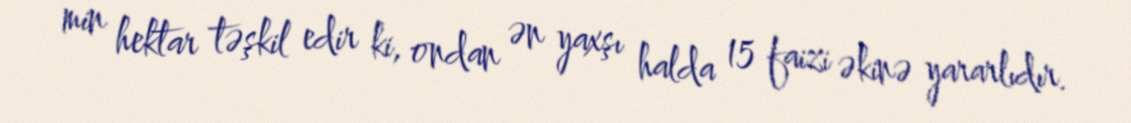
min hektar təşkil edir ki, ondan ən yaxşı halda 15 faizi əkinə yararlıdır.